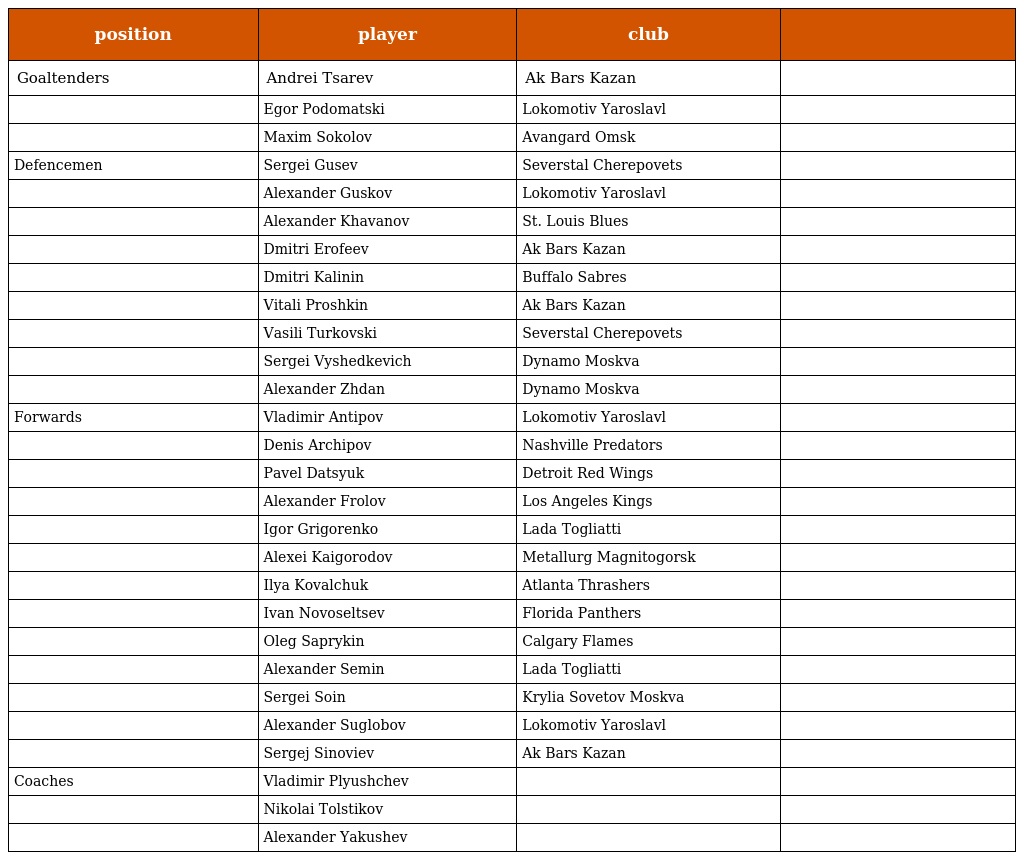
| position | player | club |  |
 | --- | --- | --- | --- |
 | Goaltenders | Andrei Tsarev | Ak Bars Kazan |  |
 |  | Egor Podomatski | Lokomotiv Yaroslavl |  |
 |  | Maxim Sokolov | Avangard Omsk |  |
 | Defencemen | Sergei Gusev | Severstal Cherepovets |  |
 |  | Alexander Guskov | Lokomotiv Yaroslavl |  |
 |  | Alexander Khavanov | St. Louis Blues |  |
 |  | Dmitri Erofeev | Ak Bars Kazan |  |
 |  | Dmitri Kalinin | Buffalo Sabres |  |
 |  | Vitali Proshkin | Ak Bars Kazan |  |
 |  | Vasili Turkovski | Severstal Cherepovets |  |
 |  | Sergei Vyshedkevich | Dynamo Moskva |  |
 |  | Alexander Zhdan | Dynamo Moskva |  |
 | Forwards | Vladimir Antipov | Lokomotiv Yaroslavl |  |
 |  | Denis Archipov | Nashville Predators |  |
 |  | Pavel Datsyuk | Detroit Red Wings |  |
 |  | Alexander Frolov | Los Angeles Kings |  |
 |  | Igor Grigorenko | Lada Togliatti |  |
 |  | Alexei Kaigorodov | Metallurg Magnitogorsk |  |
 |  | Ilya Kovalchuk | Atlanta Thrashers |  |
 |  | Ivan Novoseltsev | Florida Panthers |  |
 |  | Oleg Saprykin | Calgary Flames |  |
 |  | Alexander Semin | Lada Togliatti |  |
 |  | Sergei Soin | Krylia Sovetov Moskva |  |
 |  | Alexander Suglobov | Lokomotiv Yaroslavl |  |
 |  | Sergej Sinoviev | Ak Bars Kazan |  |
 | Coaches | Vladimir Plyushchev |  |  |
 |  | Nikolai Tolstikov |  |  |
 |  | Alexander Yakushev |  |  |